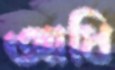
আধি